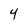
Character: 4